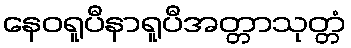
နေဝရူပီနာရူပီအတ္တာသုတ္တံ